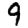
Digit: 9